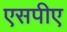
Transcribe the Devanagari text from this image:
एसपीए